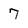
Character: 7